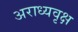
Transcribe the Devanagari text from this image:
अराध्यवृक्ष